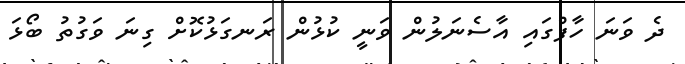
ދެ ވަނަ ހާފްގައި އާސެނަލުން ވަނީ ކުޅުން ރަނގަޅުކޮށް ގިނަ ވަގުތު ބޯޅަ